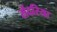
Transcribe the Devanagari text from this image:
सेंदरिया